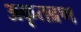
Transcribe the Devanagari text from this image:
अकृतब्रण